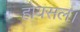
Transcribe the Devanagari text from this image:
होयसल।